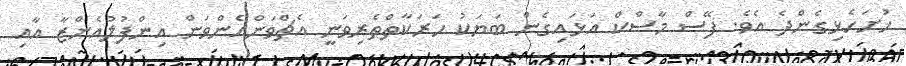
ހުށަހެޅިގެންދެ އެވެ. ފޭސް މާސްކް އަޅައިގެން ބަޔަކު ހަރަކާތްތެރިވަނީ އެޗްވަންއެންވަން އިންފުލުއެންޒާ އާއި